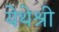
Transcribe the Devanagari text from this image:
येथेश्री